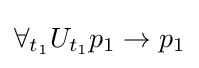
\forall _{t_{1}}U_{t_{1}}p_{1}\rightarrow p_{1}